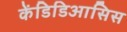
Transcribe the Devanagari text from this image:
केंडिडिआसिस